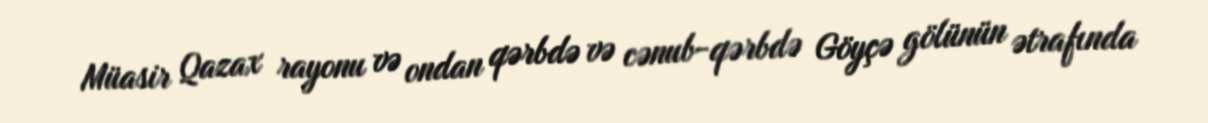
Müasir Qazax rayonu və ondan qərbdə və cənub-qərbdə Göyçə gölünün ətrafında